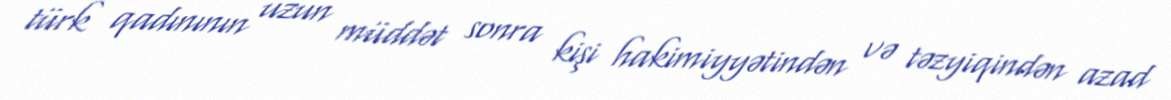
türk qadınının uzun müddət sonra kişi hakimiyyətindən və təzyiqindən azad